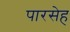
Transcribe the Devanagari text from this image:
पारसेह